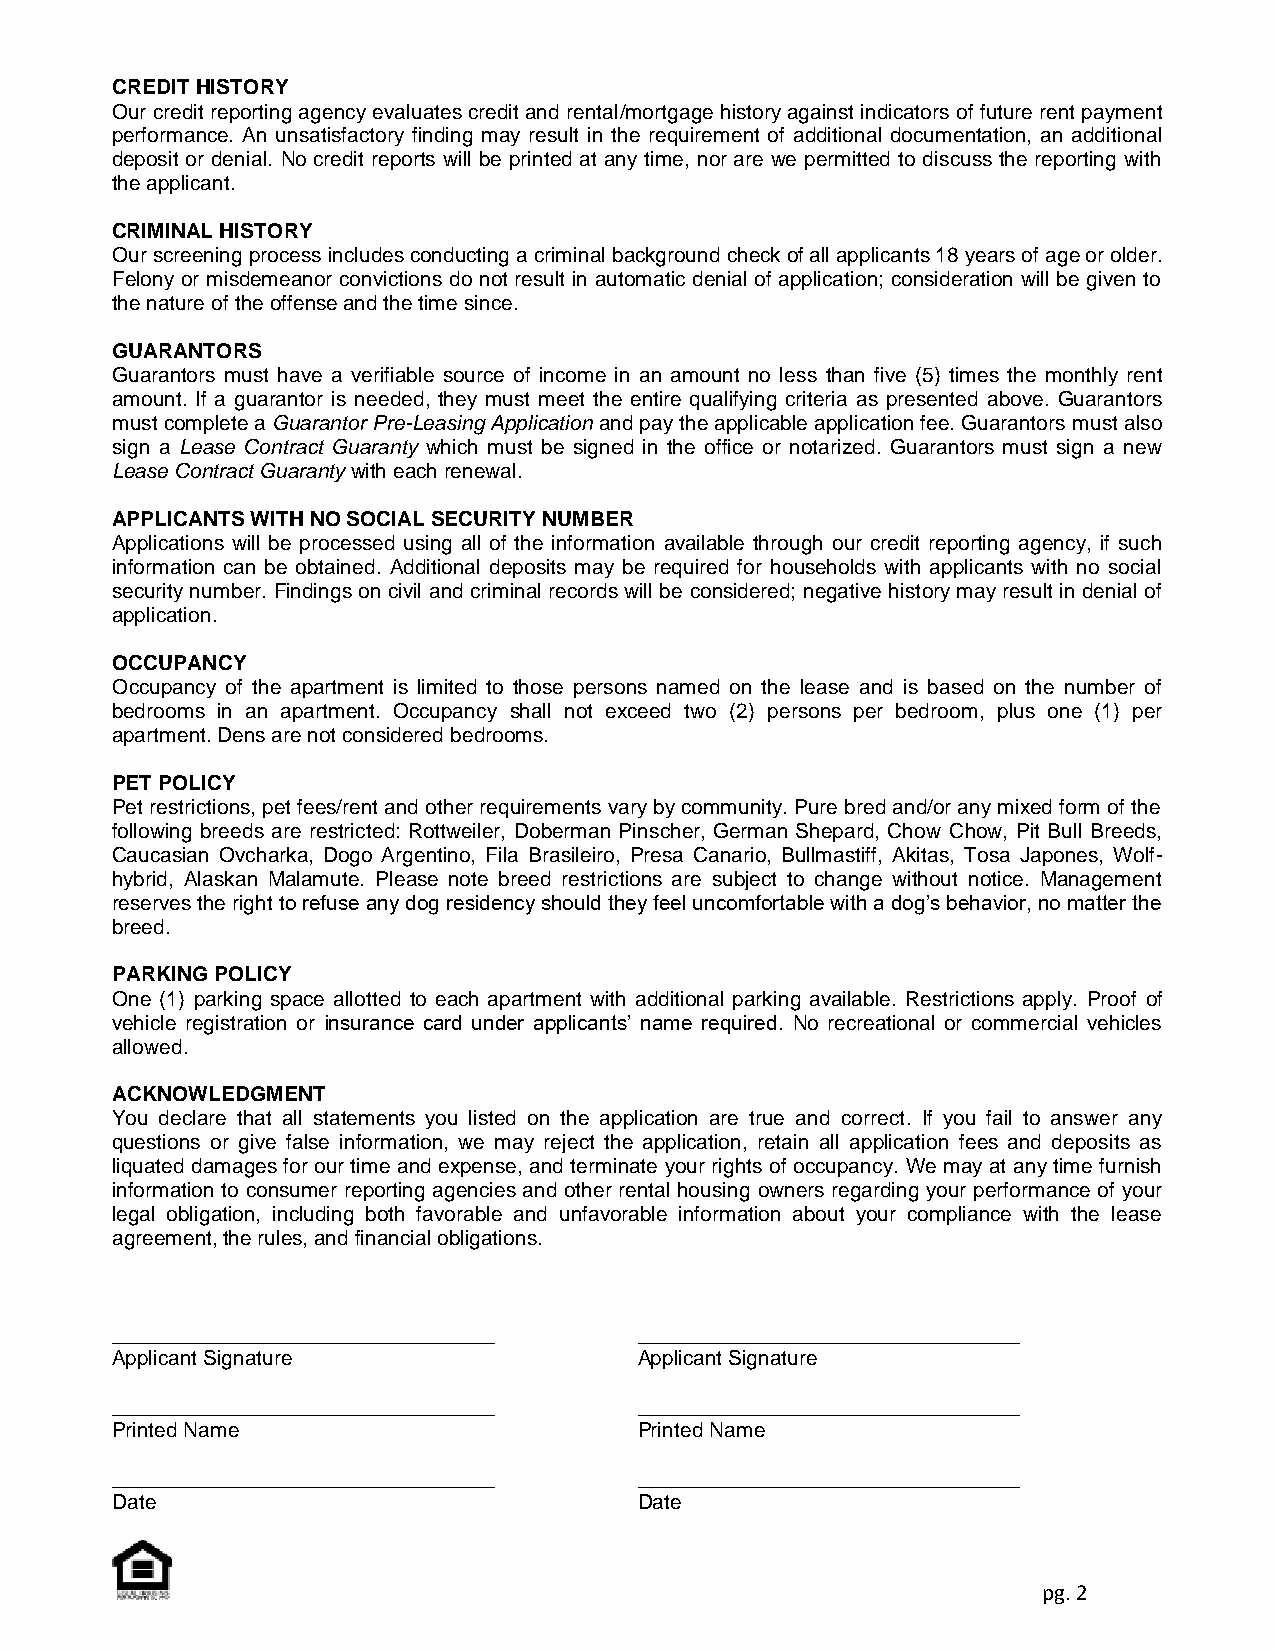
CREDIT HISTORY
 Our credit reporting agency evaluates credit and rental/mortgage history against indicators of future rent payment
 performance. An unsatisfactory finding may result in the requirement of additional documentation, an additional
 deposit or denial. No credit reports will be printed at any time, nor are we permitted to discuss the reporting with
 the applicant.
 CRIMINAL HISTORY
 Our screening process includes conducting a criminal background check of all applicants 18 years of age or older.
 Felony or misdemeanor convictions do not result in automatic denial of application; consideration will be given to
 the nature of the offense and the time since.
 GUARANTORS
 Guarantors must have a verifiable source of income in an amount no less than five (5) times the monthly rent
 amount. If a guarantor is needed, they must meet the entire qualifying criteria as presented above. Guarantors
 must complete a Guarantor Pre-Leasing Application and pay the applicable application fee. Guarantors must also
 sign a Lease Contract Guaranty which must be signed in the office or notarized. Guarantors must sign a new
 Lease Contract Guaranty with each renewal.
 APPLICANTS WITH NO SOCIAL SECURITY NUMBER
 Applications will be processed using all of the information available through our credit reporting agency, if such
 information can be obtained. Additional deposits may be required for households with applicants with no social
 security number. Findings on civil and criminal records will be considered; negative history may result in denial of
 application.
 OCCUPANCY
 Occupancy of the apartment is limited to those persons named on the lease and is based on the number of
 bedrooms in an apartment. Occupancy shall not exceed two (2) persons per bedroom, plus one (1) per
 apartment. Dens are not considered bedrooms.
 PET POLICY
 Pet restrictions, pet fees/rent and other requirements vary by community. Pure bred and/or any mixed form of the
 following breeds are restricted: Rottweiler, Doberman Pinscher, German Shepard, Chow Chow, Pit Bull Breeds,
 Caucasian Ovcharka, Dogo Argentino, Fila Brasileiro, Presa Canario, Bullmastiff, Akitas, Tosa Japones, Wolf-
 hybrid, Alaskan Malamute. Please note breed restrictions are subject to change without notice. Management
 reserves the right to refuse any dog residency should they feel uncomfortable with a dog’s behavior, no matter the
 breed.
 PARKING POLICY
 One (1) parking space allotted to each apartment with additional parking available. Restrictions apply. Proof of
 vehicle registration or insurance card under applicants’ name required. No recreational or commercial vehicles
 allowed.
 ACKNOWLEDGMENT
 You declare that all statements you listed on the application are true and correct. If you fail to answer any
 questions or give false information, we may reject the application, retain all application fees and deposits as
 liquated damages for our time and expense, and terminate your rights of occupancy. We may at any time furnish
 information to consumer reporting agencies and other rental housing owners regarding your performance of your
 legal obligation, including both favorable and unfavorable information about your compliance with the lease
 agreement, the rules, and financial obligations.
 _________________________________  _________________________________
 Applicant Signature                Applicant Signature
 _________________________________  _________________________________
 Printed Name                       Printed Name
 _________________________________  _________________________________
 Date                               Date
 pg. 2